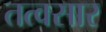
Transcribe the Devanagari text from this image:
तत्वसार